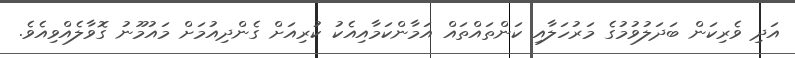
އަދި ވެރިކަން ބަދަލުވުމުގެ މަރުހަލާއި ކަންތައްތައް އަމާންކަމާއިއެކު ކުރިއަށް ގެންދިއުމަށް މައުމޫނު ގޮވާލެއްވިއެވެ.